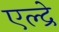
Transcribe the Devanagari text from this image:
एल्द्रे